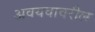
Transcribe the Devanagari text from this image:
अवयवावरील